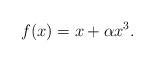
LaTeX: \begin{align*} f(x)=x+\alpha x^3.\end{align*}